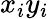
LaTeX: x_{i}y_{i}